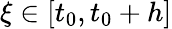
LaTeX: \xi\in[t_{0},t_{0}+h]